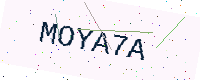
Text: MOYA7A